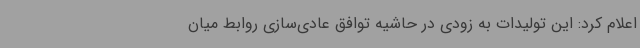
اعلام کرد: این تولیدات به زودی در حاشیه توافق عادی‌سازی روابط میان